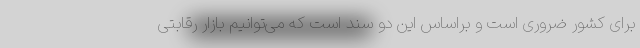
برای کشور ضروری است و براساس این دو سند است که می‌توانیم بازار رقابتی